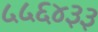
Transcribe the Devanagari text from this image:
५५६४३३